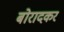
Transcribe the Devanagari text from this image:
बोरादकर